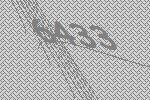
6433